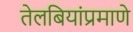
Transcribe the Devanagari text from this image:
तेलबियांप्रमाणे